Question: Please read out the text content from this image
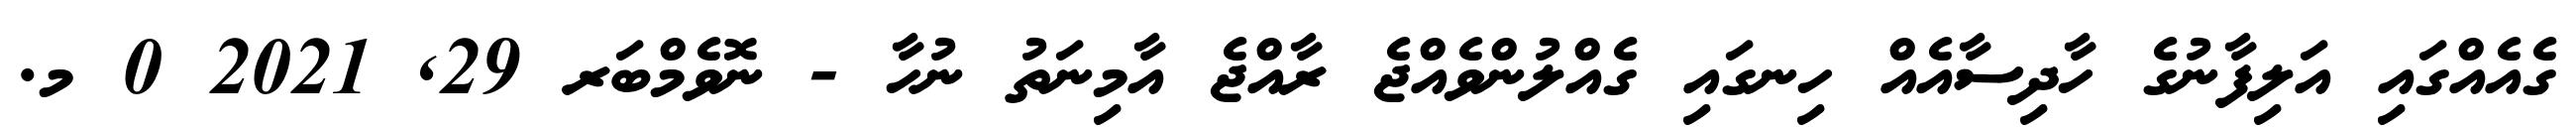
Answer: ގެއެއްގައި އަލިފާނުގެ ހާދިސާއެއް ހިނގައި ގެއްލުންވެއްޖެ ރާއްޖެ އާމިނަތު ނުހާ - ނޮވެމްބަރ 29, 2021 0 މ.